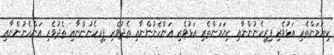
ކިޔަމަންތެރި އަޅުވެރި ފިރިހެނުންނާއި ކިޔަމަންތެރި އަޅުވެރި އަންހެނުންނާއި ތެދުވެރި ފިރިހެނުންނާއި ތެދުވެރި އަންހެނުންނާއި